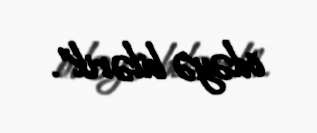
ödəyə bilərik”.